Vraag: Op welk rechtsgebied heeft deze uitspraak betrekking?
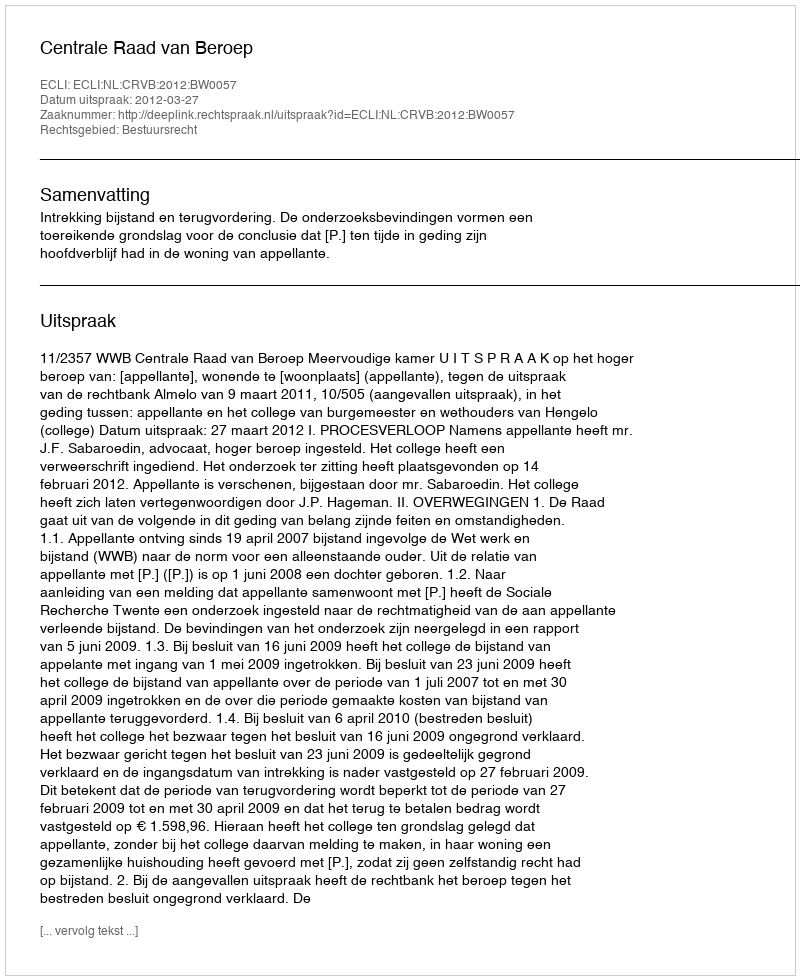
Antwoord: Bestuursrecht